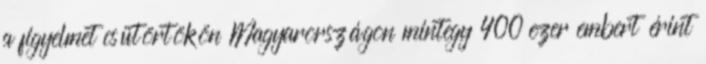
a figyelmet csütörtökön Magyarországon mintegy 400 ezer embert érint